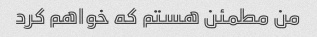
من مطمئن هستم که خواهم کرد